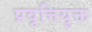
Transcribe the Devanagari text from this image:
प्रवृत्तियुक्त